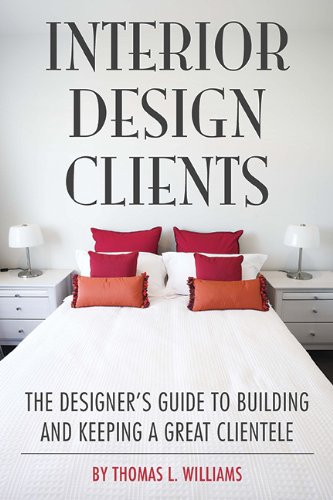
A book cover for Interior Design Clients: The Designer's Guide to Building and Keeping a Great Clientele; Thomas  L. Williams; Arts & Photography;